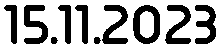
15.11.2023